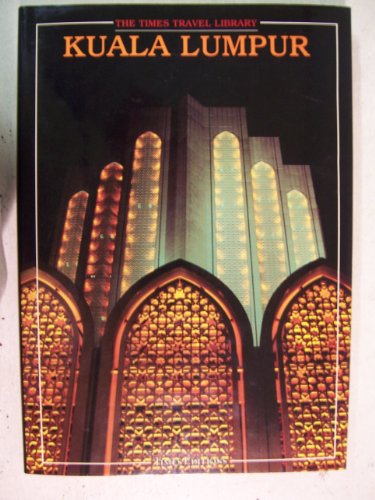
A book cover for Kuala Lumpur (The Times Travel Library); Marlane Guelden; Travel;